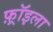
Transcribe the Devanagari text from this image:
फ़्रॉइला